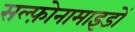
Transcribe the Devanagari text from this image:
सल्फ़ोनामाइडों